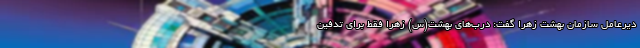
دیرعامل سازمان بهشت زهرا گفت: درب‌های بهشت(س) زهرا فقط برای تدفین